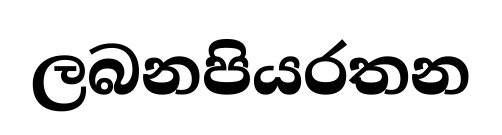
ලබනපියරතන